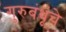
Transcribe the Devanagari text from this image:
गुरुबंधूंचे